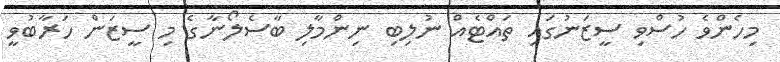
މިހެންވެ ހުސްވި ސީޒަނުގައި ތައްޓެއް ނުލިބި ނިންމާލި ބާސެލޯނާގެ މި ސީޒަން ހަރާބުވީ